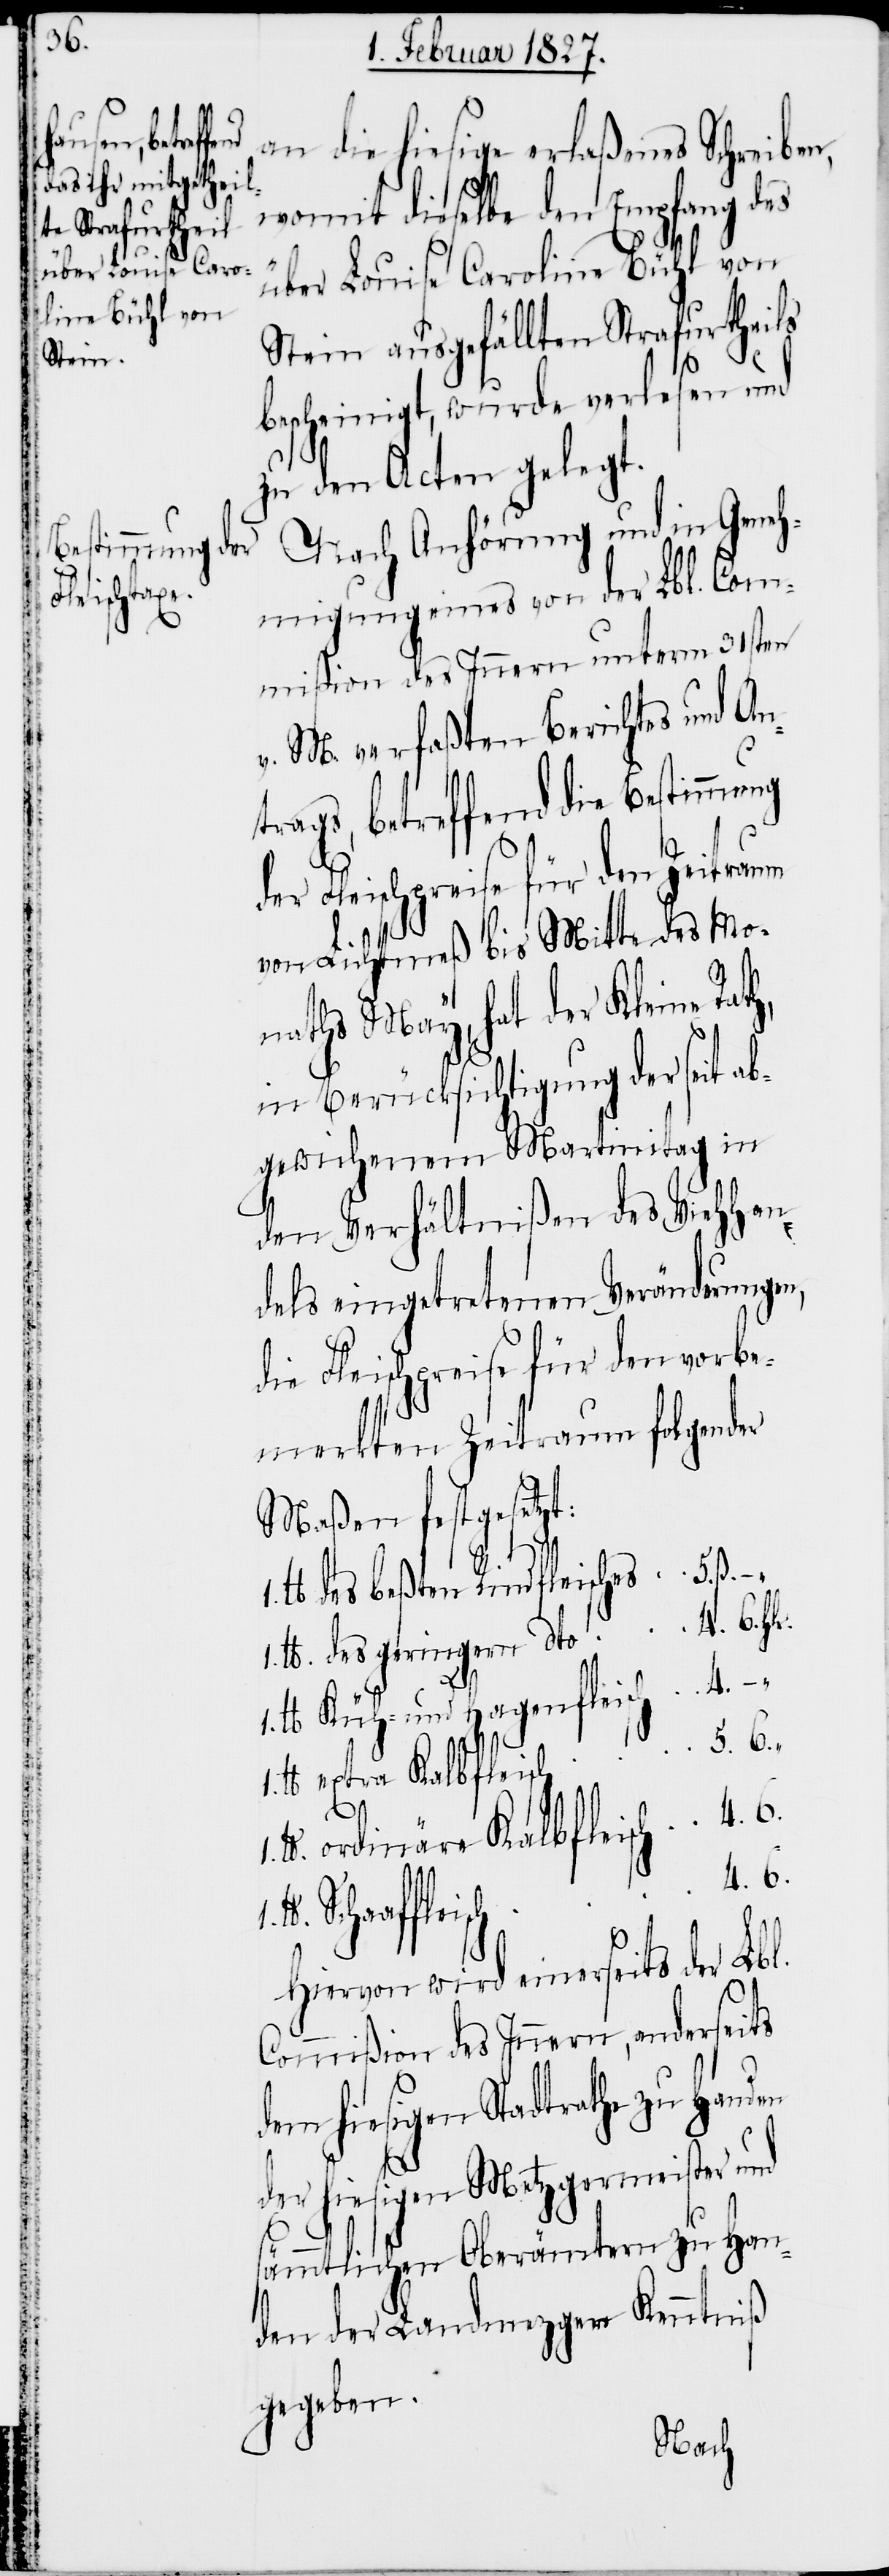
an die hiesige erlaßenes Schreiben,
womit dieselbe den Empfang des
über Louise Car¬
oline Bühl von
Stein ausgefällten Strafurtheils
bescheinigt, wurde verlesen und
zu den Acten gelegt.
Nach Anhörung und in Geneh¬
migung eines von der Lbl. Com¬
mißion des Innern unterm 31sten
v. M. verfaßten Berichtes und An¬
trags, betreffend die Bestimmung
der Fleischpreise für den Zeitraum
von Lichtmeß bis Mitte des Mo¬
naths May, hat der Kleine Rat¬
in Berücksichtigung der seit a¬
bgewichenem Martinitag in
den Verhältnißen des Viehhan¬
dels eingetretenen Veränderunge¬
die Fleischpreise für den vorbe¬
merkten Zeitraum folgender
Maßen festgesetzt:
“
lb.
1. lb. des beßten Rindfleisches 5. ß.
1. lb. des geringern dto 4. 6. hlr.
lb. Küh- und Hagenfleisch 4. –
lb. extra Kalbfleisch
6.
lb. ordinäres Kalbfleisch 4. 6.
4. 6.
Hiervon wird einerseits der Lbl.
Commißion des Innern, anderseits
dem hiesigen Stadtrathe zu Handen
der hiesigen Metzgermeister und
sämmtlichen Oberämtern zu Han¬
den der Landmezger Kenntniß
gegeben.